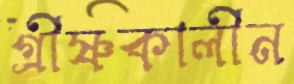
গ্রীষ্ণকালীন